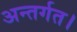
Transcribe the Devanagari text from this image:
अन्तर्गत।